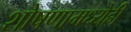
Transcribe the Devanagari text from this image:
शोषणामध्येही